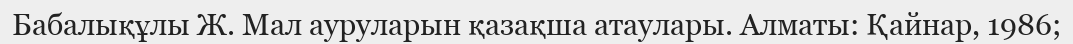
Бабалықұлы Ж. Мал ауруларын қазақша атаулары. Алматы: Қайнар, 1986;